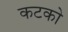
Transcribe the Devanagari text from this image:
कटको